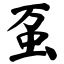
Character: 虿